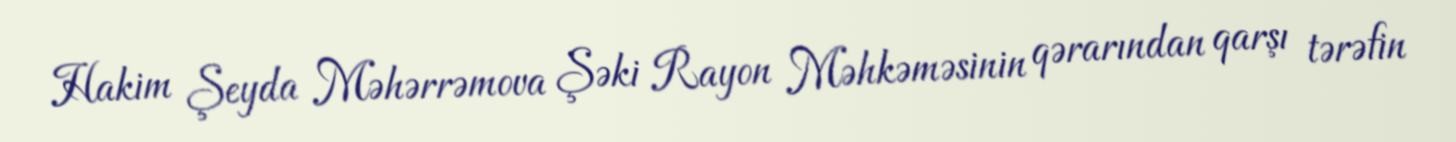
Hakim Şeyda Məhərrəmova Şəki Rayon Məhkəməsinin qərarından qarşı tərəfin